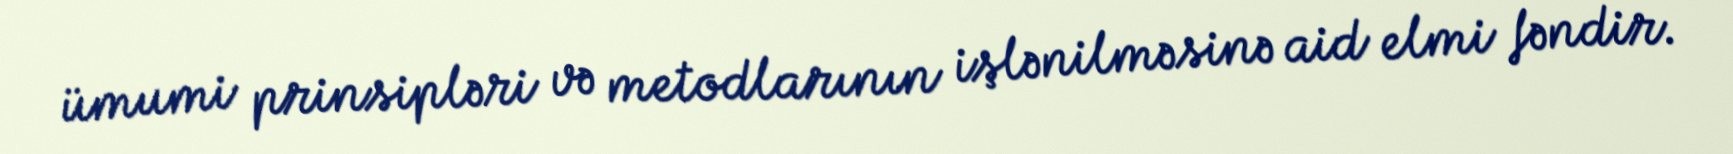
ümumi prinsipləri və metodlarının işlənilməsinə aid elmi fəndir.